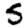
Digit: 5